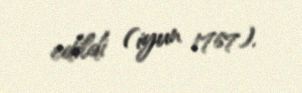
edildi (iyun 1767).